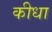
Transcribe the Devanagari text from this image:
कीधा